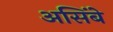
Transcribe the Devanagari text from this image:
असिंबे